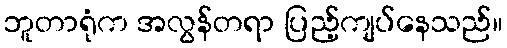
ဘူတာရုံက အလွန်တရာ ပြည့်ကျပ်နေသည်။